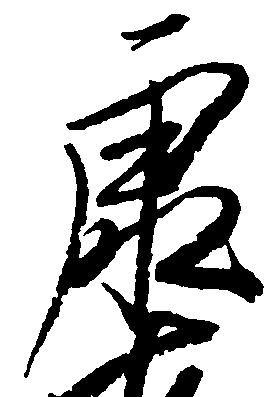
康